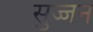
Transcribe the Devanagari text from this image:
सुज्जन